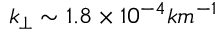
k _ { \perp } \sim 1 . 8 \times 1 0 ^ { - 4 } k m ^ { - 1 }